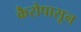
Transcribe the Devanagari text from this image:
कैरोपासून